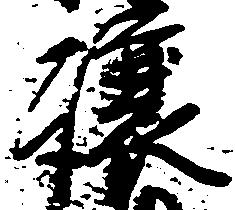
譲